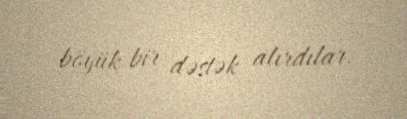
böyük bir dəstək alırdılar.